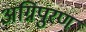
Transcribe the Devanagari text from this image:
अग्निपुरण